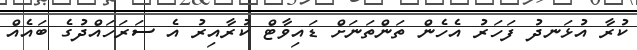
ކުރާ އުޅަނދު ފަހަރު އެހެން ތަންތަނަށް ޑައިވާޓް ކުރާއިރު އެ ސަރަހައްދުގެ ބައެއް